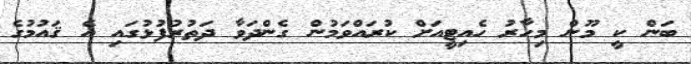
ބަން ކީ މޫން މިހާރު ހެއިޓީއަށް ކުރައްވަމުން ގެންދަވާ ދަތުރުފުޅުގައި އެ ޤައުމުގެ